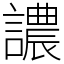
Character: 譨